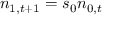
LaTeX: n _ { 1 , t + 1 } = s _ { 0 } n _ { 0 , t }